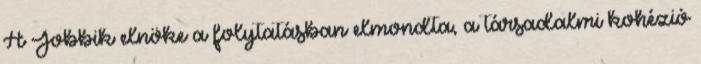
A Jobbik elnöke a folytatásban elmondta, a társadalmi kohézió